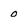
Character: 0